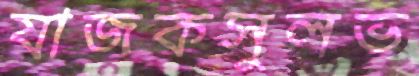
যাজকসুলভ